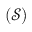
( \mathcal { S } )